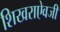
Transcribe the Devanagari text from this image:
शिखराऐवजी